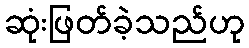
ဆုံးဖြတ်ခဲ့သည်ဟု